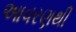
આવરણથી